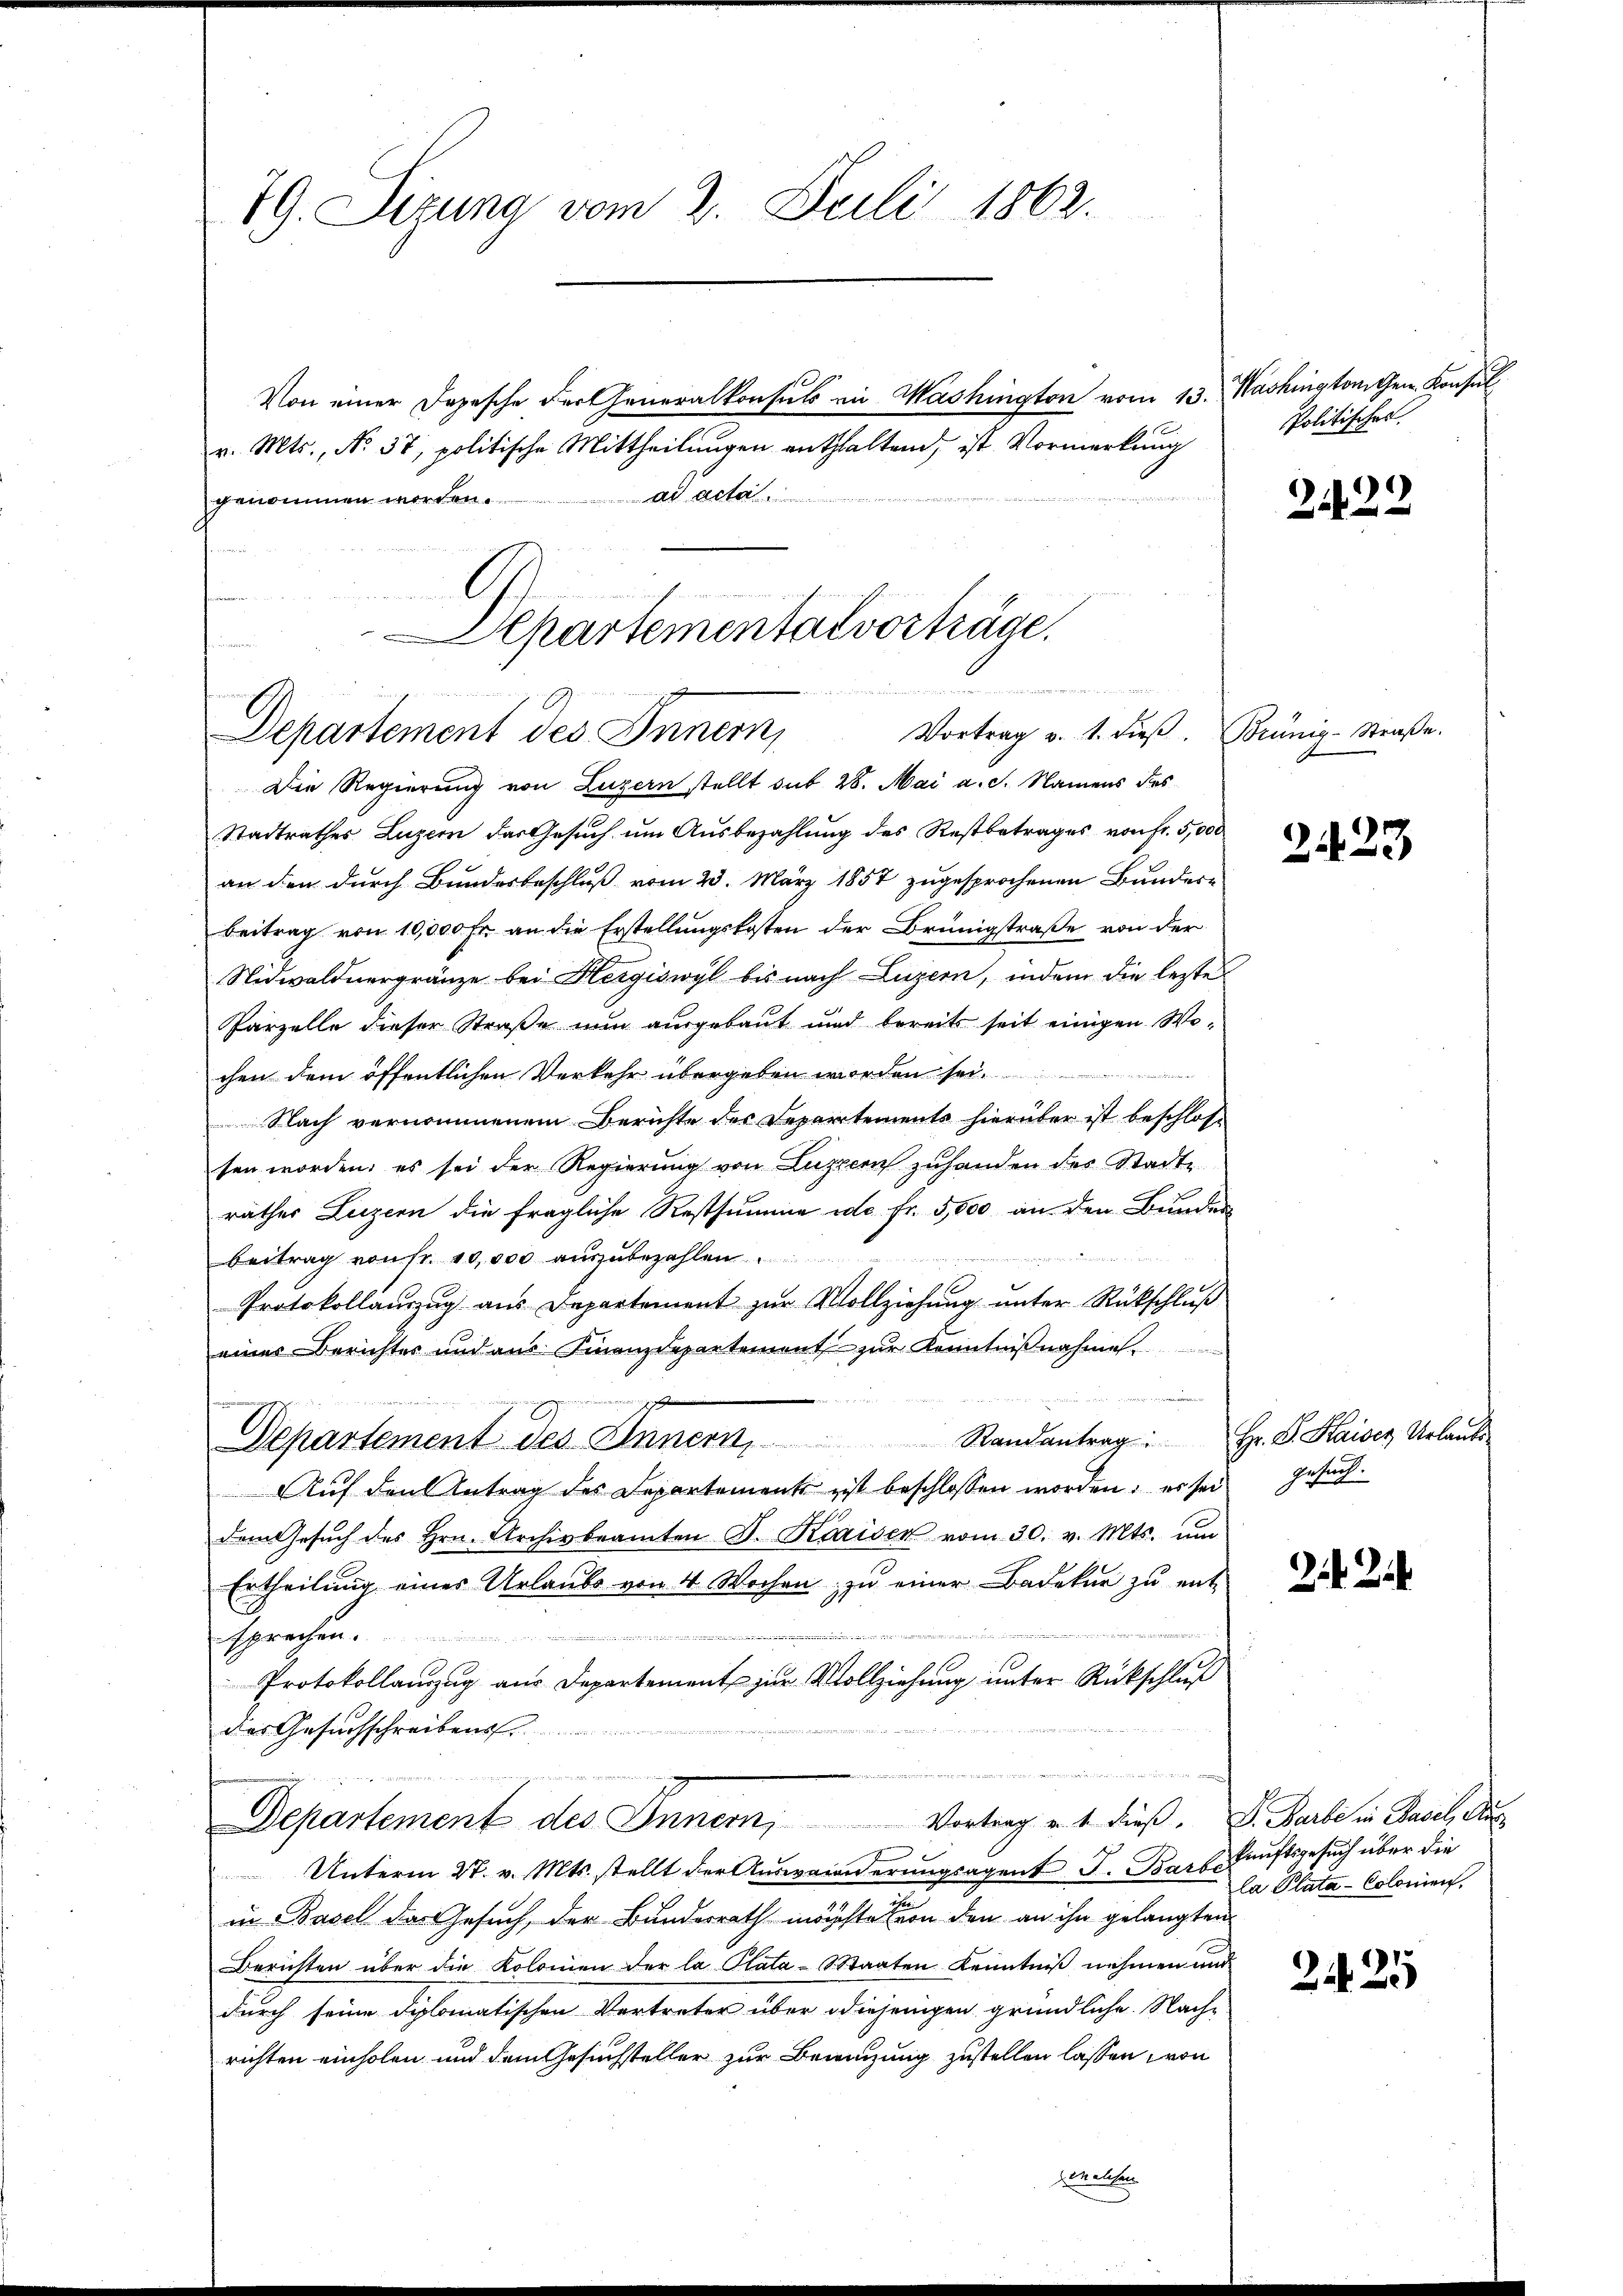
19. Sizung vom 2. Juli 1862.

Von einer Depesche der Generalkonsuls in Washington vom 13. Washington gen Konsul
v. Mts., N. 37, politische Mittheilungen enthaltend, ist Vormerkung
ad acta
genommen worden.

s
h
Departemental vorträge.
e

Vortrag v. 1. dieβ. Brünig-Straβe.
Departement des Innern,

Die Regierung von Luzern stellt sub 28. Mai a. g. Namens des
Stadtrathes Luzern das Gesuch um Ausbezahlung des Restbetrages von Fr. 5,000
an den durch Bundesbeschluß vom 23. März 1857 zugesprochenen Bundere
Beitrag von 10,000 Fr. an die Erstellungskosten der Brüngstraße von der
Nidwaldnergränze bei Hergiswyl bis nach Luzern, indem die lezte
Parzelle dieser Straße nun ausgebaut und bereits seit einigen Wochen dem öffentlichen Verkehr übergeben worden sei.
Nach vernommenem Berichte des Departements hierüber ist beschloss
sen worden; es sei der Regierung von Luzern zuhanden des Stadte
rathes Luzern die fragliche Restsumme ide Fr. 5,500 an den Bunder
Mitein meind sie anderen er mich nicht werden Ma
beitrag von Fr. 10,000 auszubezahlen.
1
Protokollauszug aus Departement zŭr Vollziehŭng ŭnter Rückschluß
eines Berichter und aus Finanzdepartement zur Kenntnißnahme.
Randantrag: Hr. P. Kaiser Urlaute
Departement des Innern,
Auf den Antrag des Departement ist beschlossen worden: es sei
dem Gesŭch des Hrn. Archivbeamten J. Kaisen vom 30. v. Mts. um
Ertheilŭng eines Urlaŭbe von 4 Wochen zŭ einer Badekŭr zŭ ent-
i
sprechen.
Protokollauszug aus Departement zur Vollziehung unter Rückschluß
e
dies Gesuchschreibens
u
Departement des Innern, Vortrag u. t dieß. D. Barbe in Basel Aus
Unterm 27. v. Mts. stellt der Auswanderungsagent J. Barbe
in Basel das Gesuch, der Bundesrath möchte von den an ihn gelangten
Berichten über die Kolonien der la Plata-Staaten Kenntniß nehmen und
durch seine diplomatischen Vertreter über diejenigen gründliche Nachrichten einholen und dem Gesuchsteller zur Bewenzung zustellen lassen von
welchen

Politisches.

2122

2423

such.
r

kunftsgesuch über die
la Plata-Colonien,

.
2